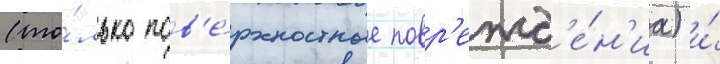
(то́лько пов'е́рхностные повр'ежд'е́н'иа) и́